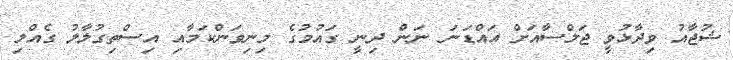
ޝުޖާއު ވިދާޅުވީ ޖަލްސާއަށް އައްޑަނަ ނަން ދިނީ ގައުމުގެ މިނިވަންކަމާއި އިސްތިގުލާލު ގެއްލި